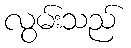
လွမ်းသည်